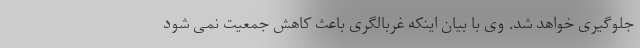
جلوگیری خواهد شد. وی با بیان اینکه غربالگری باعث کاهش جمعیت نمی شود